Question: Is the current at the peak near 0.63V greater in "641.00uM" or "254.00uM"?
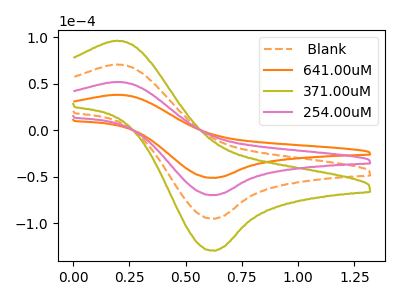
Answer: <think>The orange dashed curve " Blank" has an anodic peak at (0.20V, 103.75uA) and a cathodic peak at (0.65V, -139.65uA). The orange curve "641.00uM" has an anodic peak at (0.20V, 38.10uA) and a cathodic peak at (0.65V, -51.25uA). The olive curve "371.00uM" has an anodic peak at (0.20V, 155.60uA) and a cathodic peak at (0.65V, -209.50uA). The pink curve "254.00uM" has an anodic peak at (0.20V, 51.85uA) and a cathodic peak at (0.65V, -69.85uA).</think>
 <answer>The peak at 0.63V is lower in "641.00uM" than in "254.00uM".</answer>
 <eval>lower</eval>